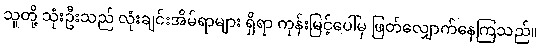
သူတို့ သုံးဦးသည် လုံးချင်းအိမ်ရာများ ရှိရာ ကုန်းမြင့်ပေါ်မှ ဖြတ်လျှောက်နေကြသည်။